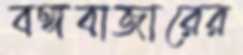
বঙ্গবাজারের